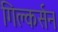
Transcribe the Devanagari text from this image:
गिल्कर्सन